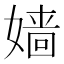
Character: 嫱